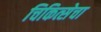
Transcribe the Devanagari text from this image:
चिकित्सेचा